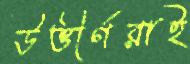
উত্তীর্ণরাই